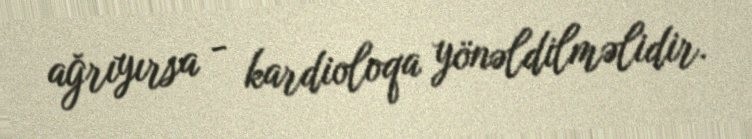
ağrıyırsa - kardioloqa yönəldilməlidir.